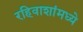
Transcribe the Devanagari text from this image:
रहिवाशांमध्ये